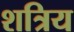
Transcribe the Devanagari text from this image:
शत्रिय